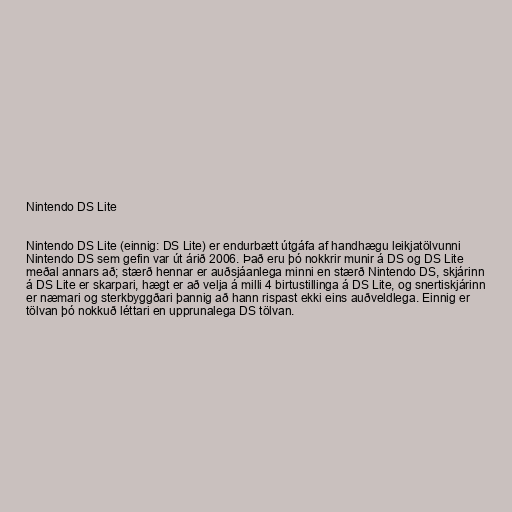
Nintendo DS Lite

Nintendo DS Lite (einnig: DS Lite) er endurbætt útgáfa af handhægu leikjatölvunni
Nintendo DS sem gefin var út árið 2006. Það eru þó nokkrir munir á DS og DS Lite
meðal annars að; stærð hennar er auðsjáanlega minni en stærð Nintendo DS, skjárinn
á DS Lite er skarpari, hægt er að velja á milli 4 birtustillinga á DS Lite, og snertiskjárinn
er næmari og sterkbyggðari þannig að hann rispast ekki eins auðveldlega. Einnig er
tölvan þó nokkuð léttari en upprunalega DS tölvan.